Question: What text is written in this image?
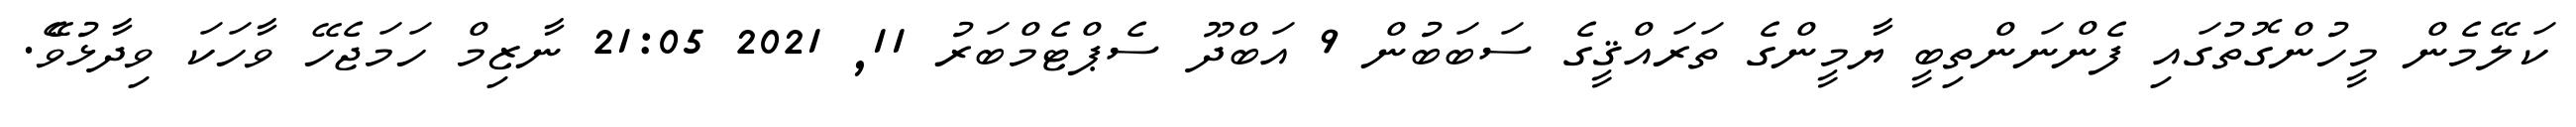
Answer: ކަލޭމެން މީހުންގޮތުގައި ފެންނަންތިބީ ޔާމީންގެ ތަރައްޤީގެ ސަބަބުން 9 އަބްދޫ ސެޕްޓެމްބަރު 11, 2021 21:05 ނާޒިމް ހަމަޖެހޭ ވާހަކަ ވިދާޅުވެޭ.